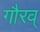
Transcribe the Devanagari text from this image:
गौरव्